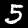
Label: 5